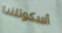
أسكوتلندا